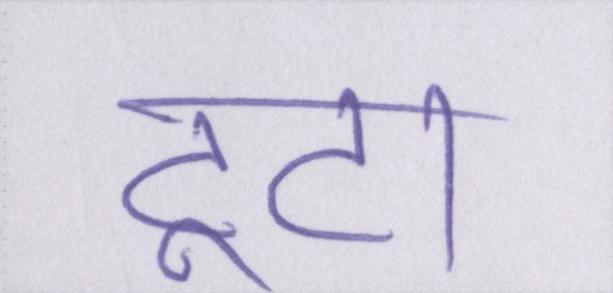
टूटा।